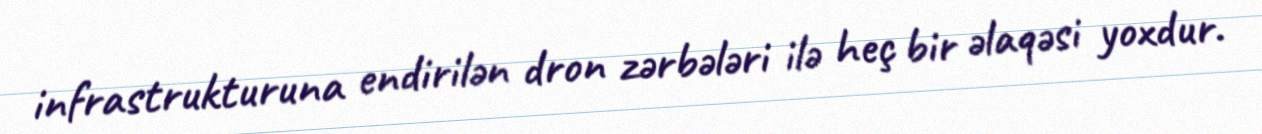
infrastrukturuna endirilən dron zərbələri ilə heç bir əlaqəsi yoxdur.